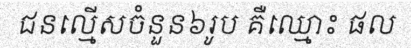
ជនល្មើសចំនួន៦រូប គឺឈ្មោះ ផល